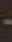
-